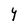
Character: Y